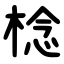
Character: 棯